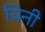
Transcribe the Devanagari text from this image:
यिनी